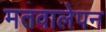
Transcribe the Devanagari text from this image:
मतवालेपन